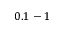
0 . 1 - 1